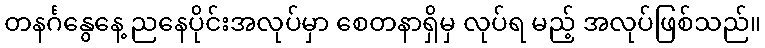
တနင်္ဂနွေနေ့ ညနေပိုင်းအလုပ်မှာ စေတနာရှိမှ လုပ်ရ မည့် အလုပ်ဖြစ်သည်။